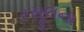
રસૂલના